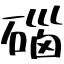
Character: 碯